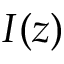
I ( z )